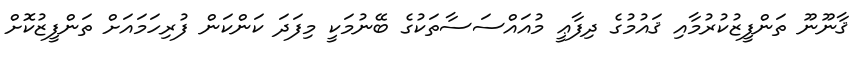
ޤާނޫނޫ ތަންފީޒުކުރުމާއި ޤައުމުގެ ދިފާޢީ މުއައްސަސާތަކުގެ ބޭނުމަކީ މިފަދަ ކަންކަން ފުރިހަމައަށް ތަންފީޒުކޮށް